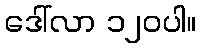
ဒေါ်လာ ၁၂၀ပါ။